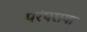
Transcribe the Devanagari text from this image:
परंपराया